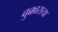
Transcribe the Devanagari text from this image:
बुक्काराया